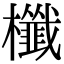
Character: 櫼